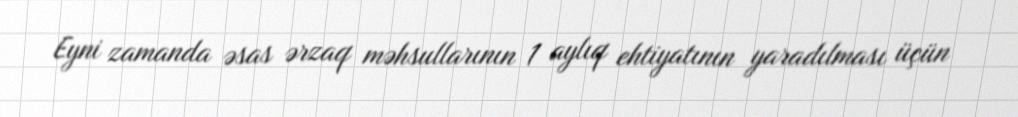
Eyni zamanda əsas ərzaq məhsullarının 1 aylıq ehtiyatının yaradılması üçün